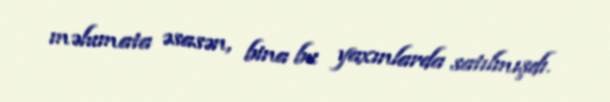
məlumata əsasən, bina bu yaxınlarda satılmışdı.